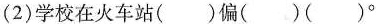
(2)学校在火车站( )偏( )( )^{\circ}